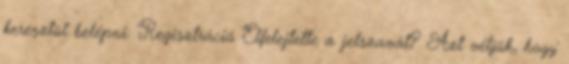
keresztül belépni: Regisztráció Elfelejtette a jelszavát? Azt véljük, hogy